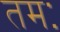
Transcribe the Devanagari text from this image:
तमः